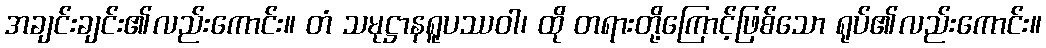
အချင်းချင်း၏လည်းကောင်း။ တံ သမုဋ္ဌာနရူပဿဝါ၊ ထို တရားတို့ကြောင့်ဖြစ်သော ရုပ်၏လည်းကောင်း။